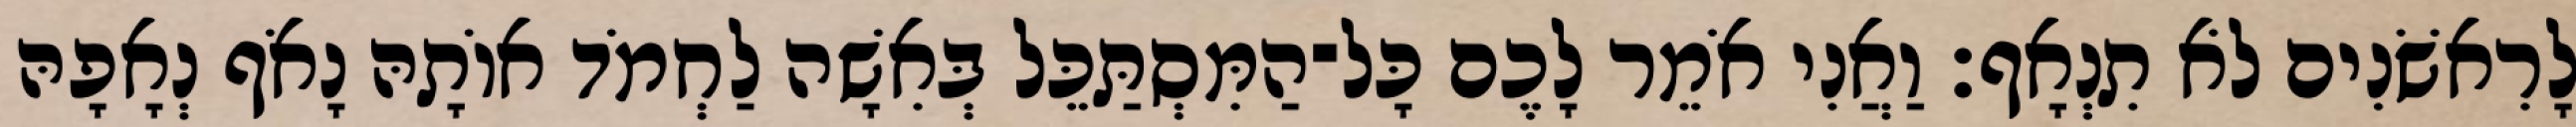
לָרִאשֹׁנִים לֹא תִנְאָף׃ וַאֲנִי אֹמֵר לָכֶם כָּל־הַמִּסְתַּכֵּל בְּאִשָׁה לַחְמֹד אוֹתָהּ נָאֹף נְאָפָהּ